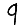
Digit: 9